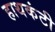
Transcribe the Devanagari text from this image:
हाथकंटी